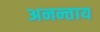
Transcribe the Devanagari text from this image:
अनन्ताय